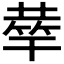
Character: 𥮌